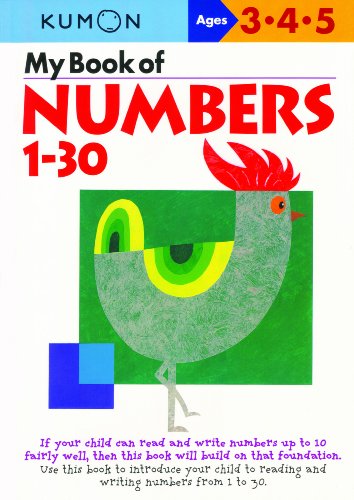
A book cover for My Book Of Numbers 1-30 (Kumon Workbooks); Kumon; Education & Teaching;